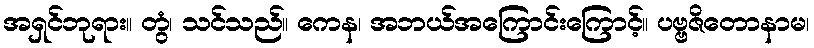
အရှင်ဘုရား။ တွံ၊ သင်သည်။ ကေန၊ အဘယ်အကြောင်းကြောင့်။ ပဗ္ဗဇိတောနာမ၊